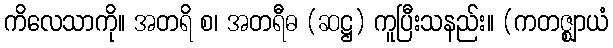
ကိလေသာကို။ အတရိ စ၊ အတရီဓ (ဆဋ္ဌ) ကူပြီးသနည်း။ (ကတဇ္ဈာယံ